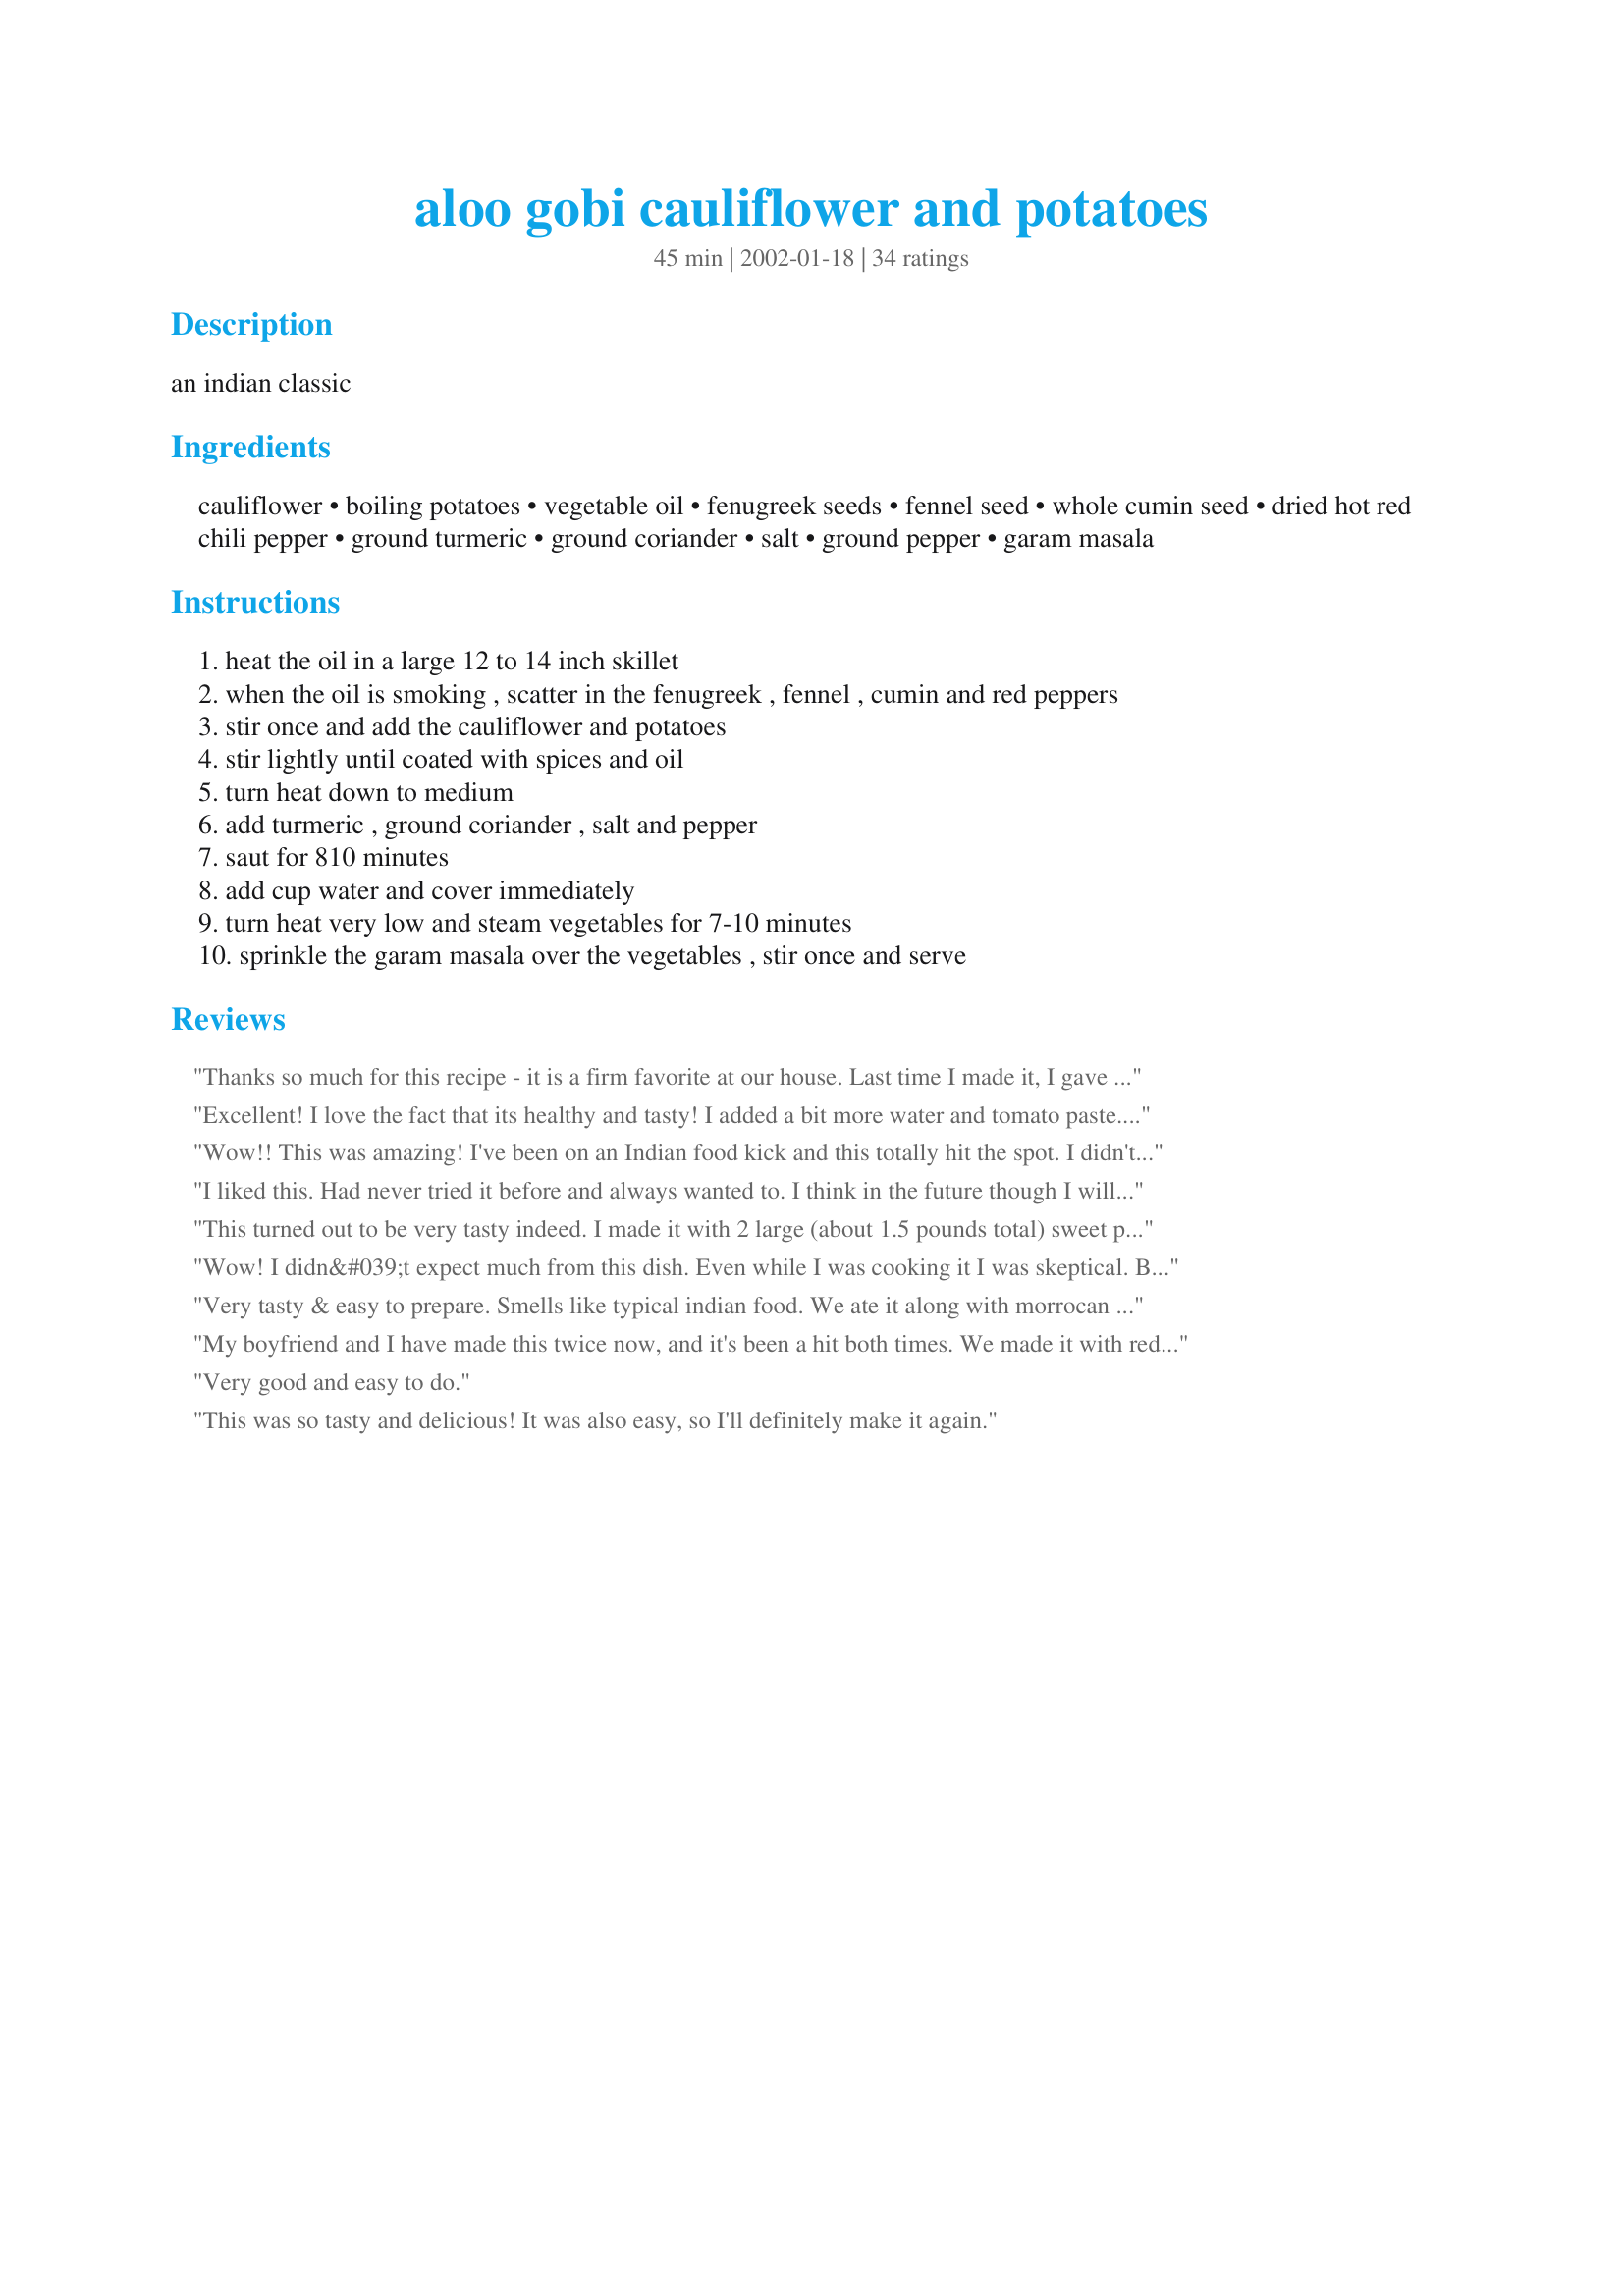
aloo gobi cauliflower and potatoes
Preparation time: 45 minutes

an indian classic

Ingredients:
cauliflower, boiling potatoes, vegetable oil, fenugreek seeds, fennel seed, whole cumin seed, dried hot red chili pepper, ground turmeric, ground coriander, salt, ground pepper, garam masala

Steps:
heat the oil in a large 12 to 14 inch skillet
when the oil is smoking , scatter in the fenugreek , fennel , cumin and red peppers
stir once and add the cauliflower and potatoes
stir lightly until coated with spices and oil
turn heat down to medium
add turmeric , ground coriander , salt and pepper
saut for 810 minutes
add cup water and cover immediately
turn heat very low and steam vegetables for 7-10 minutes
sprinkle the garam masala over the vegetables , stir once and serve

Reviews:
Thanks so much for this recipe - it is a firm favorite at our house. Last time I made it, I gave the diced potatoes a quick blast in the microwave (1or 2 minutes), dried them off slightly, then added them to the rest of the ingredients as usual. I found this reduced the cooking time required considerably. I have always made the recipe exactly as written but will now try including some other (green) veg as it seems such a versatile and flexible dish. Thanks again.
Excellent! I love the fact that its healthy and tasty! I added a bit more water and tomato paste. Will add more next time, thanks!
Wow!! This was amazing! I've been on an Indian food kick and this totally hit the spot. I didn't have fenugreek or fennel so I added a little extra curry powder. I ended up have quite a bit extra and it made great leftovers.
I liked this. Had never tried it before and always wanted to. I think in the future though I will use powdered spice or blend the fennel and cumin. I didn't like getting hit with the spice all at once. Also I skipped the masala spice because I was already happy with the flavor.
This turned out to be very tasty indeed. I made it with 2 large (about 1.5 pounds total) sweet potatoes instead of boiling potatoes (much more flavor, and healthier too!), and added about 2 cups of Chick peas. I nearly trippled all of the spices, and added 1 cup of water rather than 1/4. I was a little concerned that there did nto seem to be much sauce, but it was plenty flavorful over rice. Overall - delicious!
Wow! I didn&#039;t expect much from this dish. Even while I was cooking it I was skeptical. But it was incredible. New family favorite. Thanks!
Very tasty & easy to prepare.
Smells like typical indian food.
We ate it along with morrocan olives & dill pickles & it stil tasts good.
Would recommend -:)
My boyfriend and I have made this twice now, and it's been a hit both times. We made it with red potatoes and sweet potatoes the second time and served it along with indian cabbage and pea curry and basmati rice...it was excellent! This is a great recipe that captures the flavor of our favorite indian restaurant without being too difficult to make at home. Thanks for sharing!
Very good and easy to do.
This was so tasty and delicious! It was also easy, so I'll definitely make it again.
A keeper! We loved this recipe! Sometimes it is hard to find easy at home recipes for Indian food but this one definitely fit the bill! The only change I made was to use ground cumin and crushed red pepper as substitutions. I'd like to try adding carrots and peas as others have done. As it was I thought it was an incredibly flavorful and healthy dish.
YUM!! This is the only recipe I use for Aloo Gobi now and I make it exactly as written- wouldn't change a thing. In fact, I think I will make it again tonight. Thanks for posting. :)
Very Good! I served this with Tandoori Chicken and it worked very well. I didn't have fenugreek seeds, but it was yummy without them.
A+++++ Yum, Yum, Yum!!!
Absolutely wonderful dish! I have made this several times and it always turns out perfectly. If you have the time, you may want to let the dish stew a little longer, but it is fabulous either way.
added carrots and peas(frozen at the last minute). extra water and doubled the spices. Yummy!!
Excellent side dish to chicken vindaloo (Recipe #177572) Served with rice and pappadums. Nice kick to it, made half a recipe and still have leftovers.
This was so good ... so far beyond my expectations, I was thrilled. Better than any aloo gobi I've had in a restaurant. (To be honest, I've never liked aloo gobi in restaurants, but I wanted to do something different with cauliflower tonight, so gave it a shot.) I couldn't get whole fenugreek seeds, and so used Penzey's powdered fenugreek. And I agree with everything I've seen on the web -- there's no substitute for fenugreek, you just have to use it. I will make this again, and again ... thanks so very much for posting this!
I tweaked this recipe a little as I did not have cauliflower on hand so used peas as a substitute. Super easy and quick to make, it was delicious and a big hit at the dinner table. A keeper!
Been making this for a year now and this is the best recipe for Aloo Gobi. Thanks for posting!
Absolutely perfect! Healthy and delicious.
I enjoyed this for lunch today with greenpeas rice and dahi-boondhi. I like this dish because it was ready really quick and was wonderfully low in fat(non-greasy like Anu has very rightly said). What more could one ask for! I used 1/2 cup of water instead of 1/4 and steamed the veggies on low flame for 15 minutes. One change which I'd like to point out- I omitted step number 7. Otherwise, this was really awesome, I liked the appearance of this dish too, one of my favourite shades of yellow:) Thanks a bunch for sharing this, I'll make this as often as I buy cauliflower and potatoes:)
Really great recipe. I doubled the spices and added some other vegetables, since I was cooking for a crowd. Spot on- everybody loved it!
I added some jalepeno and curry for a little more of a spicy kick. This was delicious!
This recipe was really delicious and easy to make. In fact, I thought it was even better the next day when I reheated the leftovers for lunch. I shared some with a friend and she asked for the recipe. My cauliflower was huge, so I ended up doubling all the spices and oil to accommodate it. I used a half cup of water, based on other reviewer's comments, but I think 1/4 would have been fine for us. I used red potatoes, and am intrigued by the prospect of using sweet potatoes, as other reviewers have suggested. I served the cauliflower as a side to Recipe #158344 158344. Thanks for a keeper!
Better than in most restaurants! Delicious and not greasy! Perfect.
This was good, but I had to cook it longer than the recipe stated in order for the vegies to get tender. I would have like a bit more sauce. Thank you for sharing.
I have made this recipe twice now, with good results. The first time I made it almost exactly in accordance with the recipe - I omitted the fenugreek seeds since I didn't have any at that time. It was very good, although my husband found it a little too spicy (he always does - it's his bad luck that I love curries!) The second time, I looked at other similar recipes on this site, and added tomato sauce and garbanzos, as well as a couple of additional whole spices (my poor husband!)
I am new to Indian cooking, but a big fan of our local Indian restaurant. How wonderful to bring these flavors into my kitchen with this great, easy recipe. Excellent flavor & directions. Thanks for posting!
This has to be the best (and most authentic) aloo gobi I've had! It's also wonderfully low in fat and non-greasy, unlike the "sabzi"s (vegetable sides) you get in restaurants here. The only two changes I made were in omitting the fennel seeds, which I don't really care for, and adding 1/2 cup water instead of 1/4. Otherwise, this recipe is perfect, and will be a regular on our table.
Very very good and easy! Much better than a similar (and more highly rated) version on zaar. I pretty much followed the recipe as written, except I used a half teaspoon of crushed red pepper instead of the whole chili peppers. I used more like a half cup of water and found it needed to cook longer than the time listed. Will definitely make this again. Thank you Zeke.
Made this tonite along with checkpea chole,and jasmine rice. Did add some chopped green pepper and topped with buttermilk. This was very good..my Indian student said it was almost like his mother makes. Now that's high praise!
Great recipe - the right balance of multiple ingredients and complexity. This version is drier than some of the ones I get from local restaurants (So. Cal.) This is OK since that complements the wetter curries.
WOW!!! This was AMAZING!! Soooo good. Definitely a favorite, definitely will make it again. (Although I needed to move it to a big pot as my pan was too small, and next time we'll add more water for more liquid.) We may bring it to a potluck sometime too - unless we decide to keep it all for ourselves! :-)
